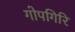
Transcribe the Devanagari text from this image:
गोपगिरि